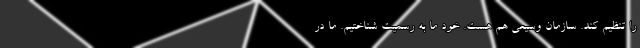
را تنظیم کند. سازمان وسیعی هم هست. خود ما به رسمیت شناختیم. ما در